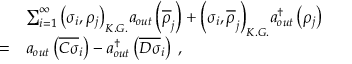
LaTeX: \begin{array} { l l l } { { } } & { { \ } } & { { \sum _ { i = 1 } ^ { \infty } { \left( \sigma _ { i } , \rho _ { j } \right) } _ { K . G . } a _ { o u t } \left( \overline { { { \rho } } } _ { j } \right) + { \left( \sigma _ { i } , \overline { { { \rho } } } _ { j } \right) } _ { K . G . } a _ { o u t } ^ { \dagger } \left( \rho _ { j } \right) } } \\ { { } } & { { = } } & { { a _ { o u t } \left( \overline { { { C \sigma } } } _ { i } \right) - a _ { o u t } ^ { \dagger } \left( \overline { { { D \sigma } } } _ { i } \right) \; , } } \end{array}